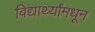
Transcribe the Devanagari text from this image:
विद्यार्थ्यांमधून